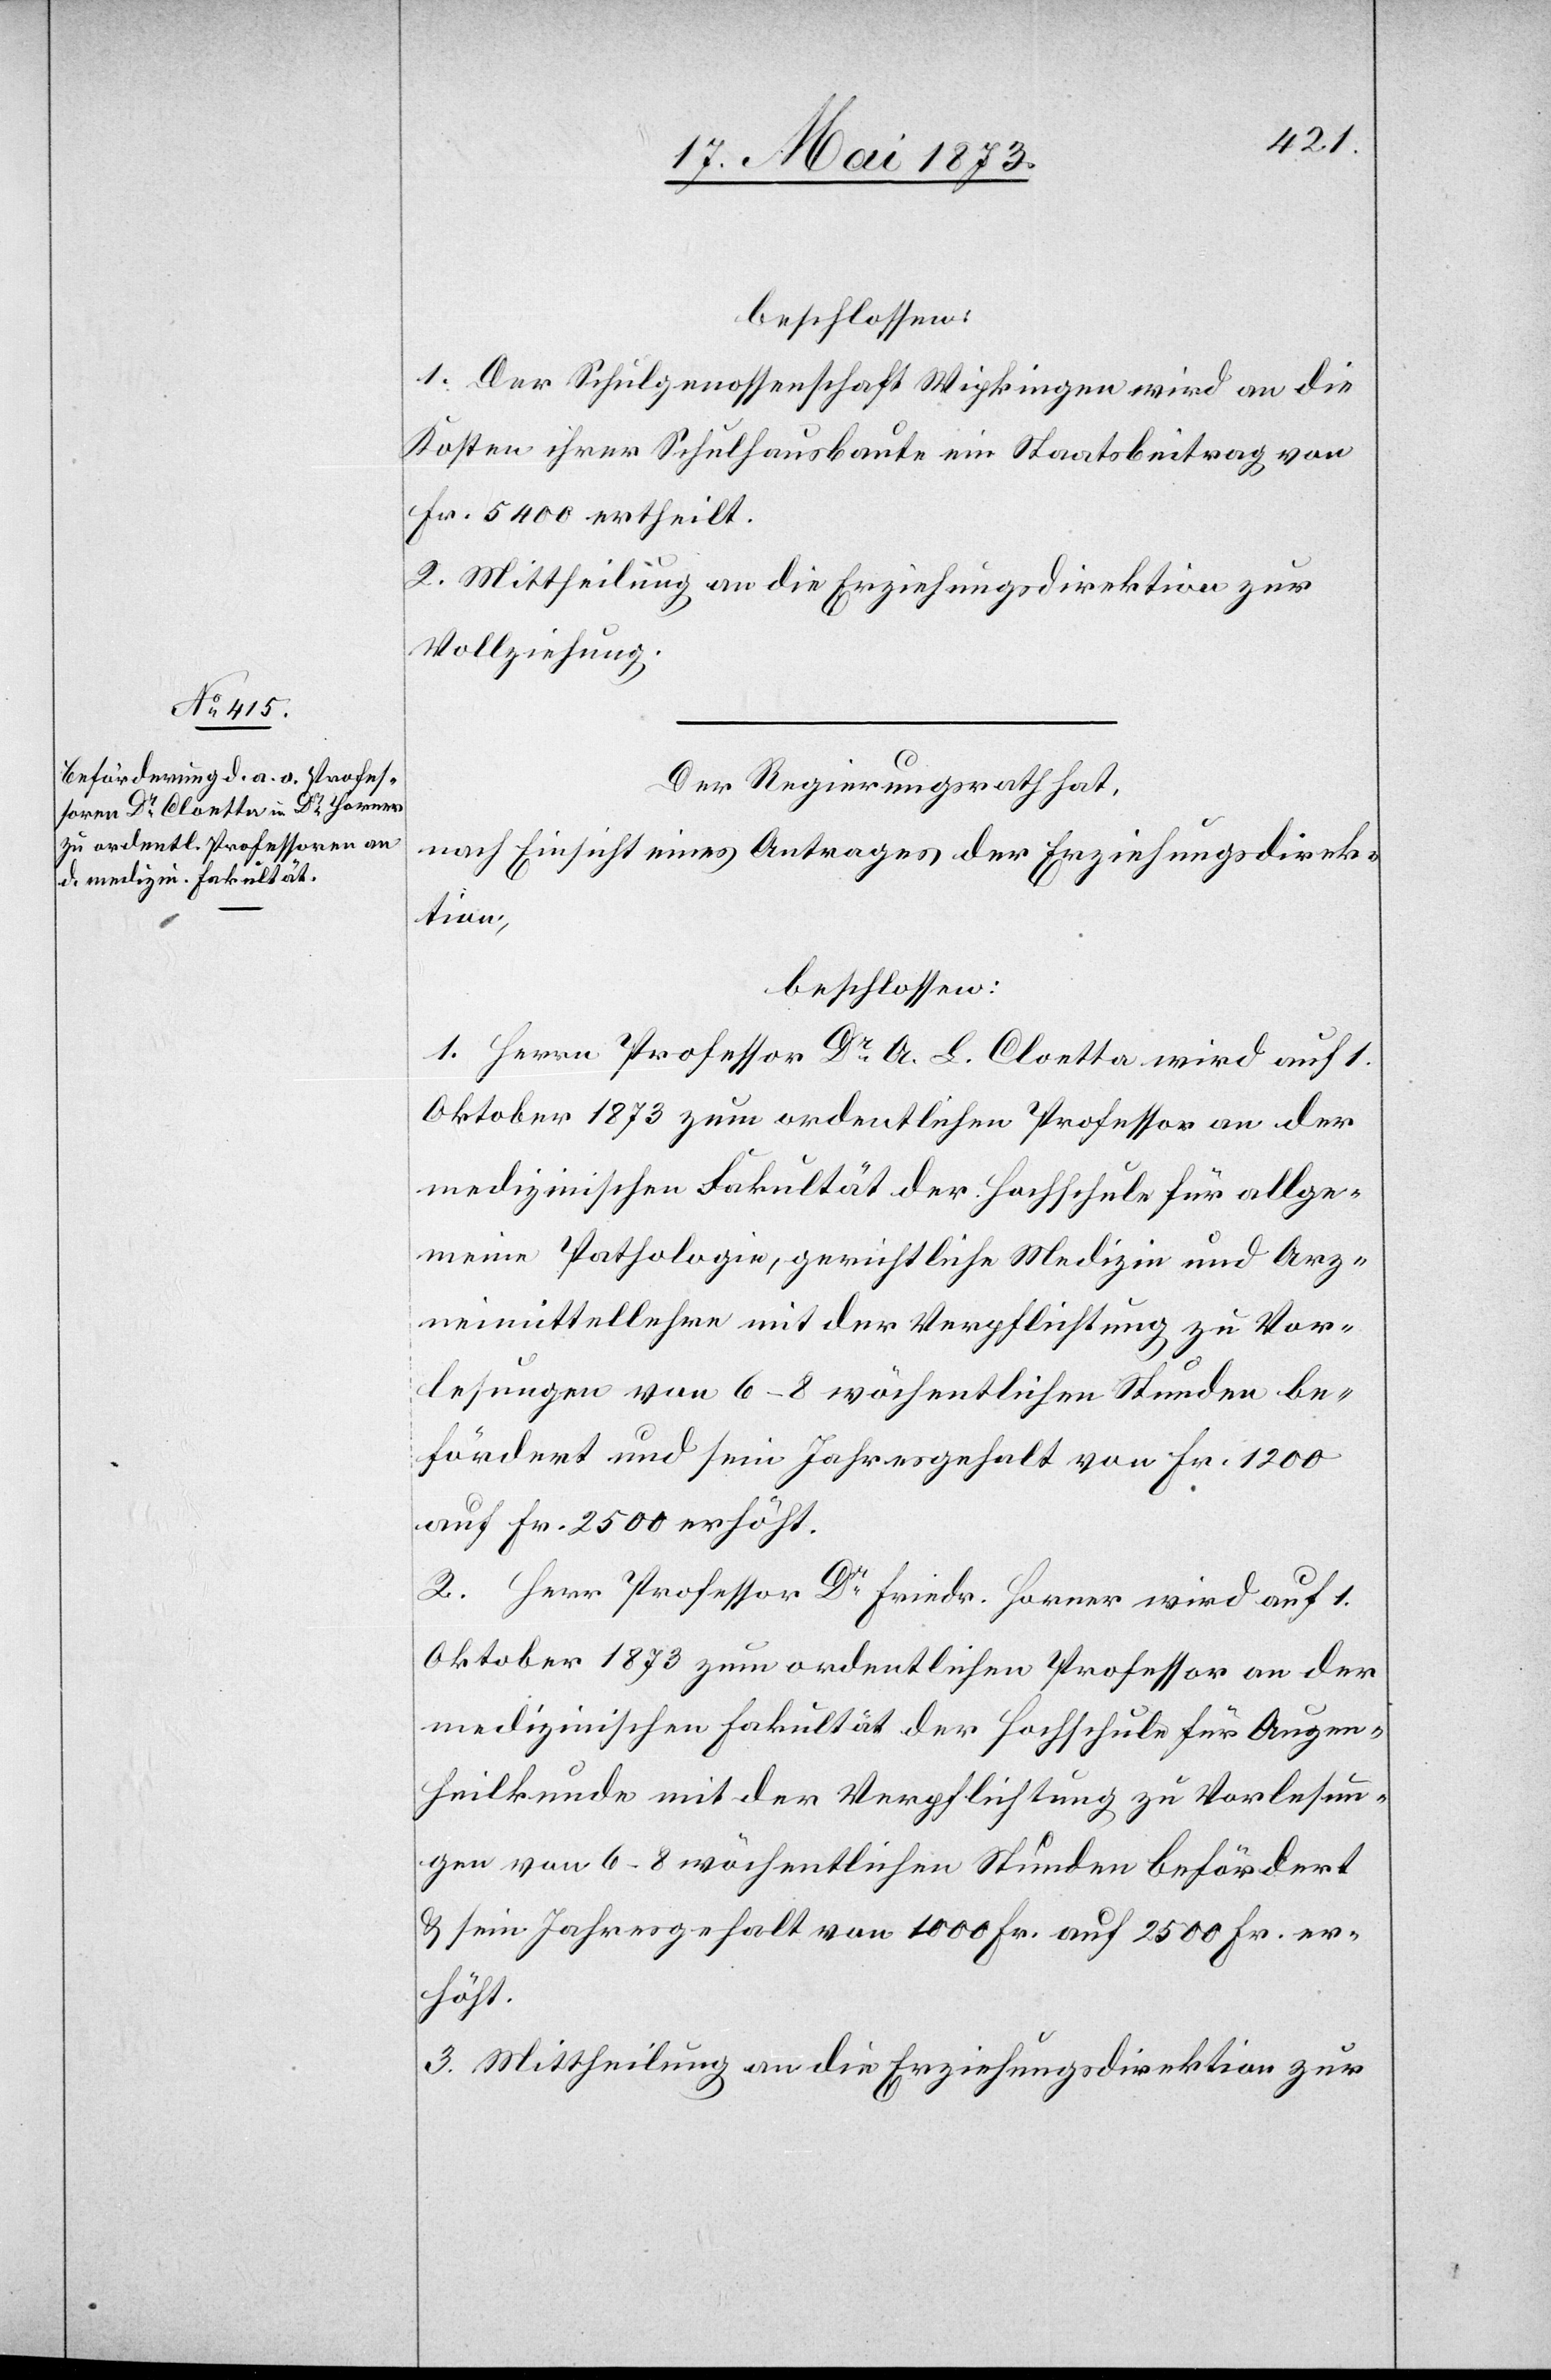
beschlossen:
1. Der Schulgenossenschaft Wipkingen wird an die
Kosten ihrer Schulhausbaute ein Staatsbeitrag von
Fr. 5 400 ertheilt.
2. Mittheilung an die Erziehungsdirektion zur
Vollziehung.
Der Regierungsrath hat,
nach Einsicht eines Antrages der Erziehungsdirek¬
tion,
beschlossen:
1. Herrn Professor Dr A. L. Cloetta wird auf 1.
Oktober 1873 zum ordentlichen Professor an der
medizinischen Fakultät der Hochschule für allge¬
meine Pathologie, gerichtliche Medizin und Arz¬
neimittellehre mit der Verpflichtung zu Vor¬
lesungen von 6–8 wöchentlichen Stunden be¬
fördert und sein Jahresgehalt von Fr. 1 200
auf Fr. 2 500 erhöht.
2. Herr Professor Dr Friedr. Horner wird auf 1.
Oktober 1873 zum ordentlichen Professor an der
medizinischen Fakultät der Hochschule für Augen¬
heilkunde mit der Verpflichtung zu Vorlesun¬
gen von 6–8 wöchentlichen Stunden befördert
& sein Jahresgehalt von 1 000 Fr. auf 2 500 Fr. er¬
höht.
3. Mittheilung an die Erziehungsdirektion zur